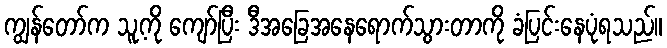
ကျွန်တော်က သူ့ကို ကျော်ပြီး ဒီအခြေအနေရောက်သွားတာကို ခံပြင်းနေပုံရသည်။